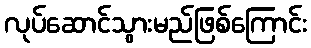
လုပ်ဆောင်သွားမည်ဖြစ်ကြောင်း